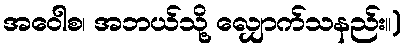
အဝေါစ၊ အဘယ်သို့ လျှောက်သနည်း။)